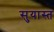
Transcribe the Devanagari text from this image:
सुयास्त